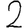
Digit: 2